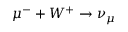
\mu ^ { - } + W ^ { + } \to \nu _ { \mu }